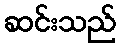
ဆင်းသည်